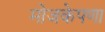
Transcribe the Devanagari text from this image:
मोजकेपणा